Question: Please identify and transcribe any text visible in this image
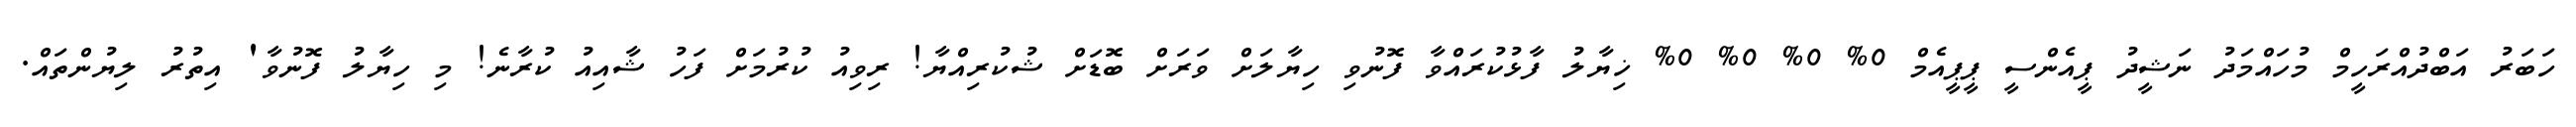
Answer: ހަބަރު އަބްދުއްރަހީމް މުހައްމަދު ނަޝީދު ޕީއެންސީ ޕީޕީއެމް 0% 0% 0% 0% ޚިޔާލު ފާޅުކުރައްވާ ފޮނުވި ހިޔާލަށް ވަރަށް ބޮޑަށް ޝުކުރިއްޔާ! ރިވިއު ކުރުމަށް ފަހު ޝާއިއު ކުރާނެ! މި ހިޔާލު ފޮނުވާ' އިތުރު ލިޔުންތައް.